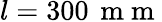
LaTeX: l=300\, \mathrm{~m~m~}